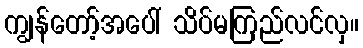
ကျွန်တော့်အပေါ် သိပ်မကြည်လင်လှ။